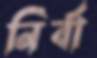
নির্বা